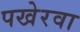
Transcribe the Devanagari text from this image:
पखेरवा